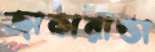
জাকারান্ডা